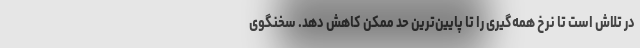
در تلاش است تا نرخ همه‌گیری را تا پایین‌ترین حد ممکن کاهش دهد. سخنگوی